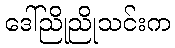
ဒေါ်ညိုညိုသင်းက